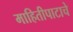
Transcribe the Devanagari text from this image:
माहितीपाटाचे